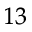
_ { 1 3 }